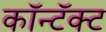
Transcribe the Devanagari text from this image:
कॉन्टॅक्ट